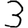
Digit: 3